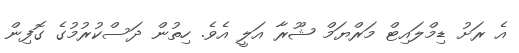
އެ ރަށު ޑިމްލައިޓް މަރްޔަމް ޝޫރާ އަލީ އެވެ. ހިތުން ދަސްކުރުމުގެ ގޮފިން